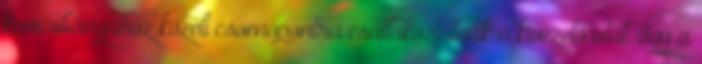
kavicsbányához közeli csomópontra csatlakoztatnák a kivezető utat. Így a